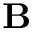
\mathbf { B }